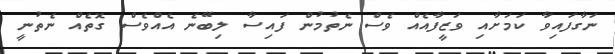
ނަގާފައިވާ ކަމަށާއި ވަޒީފާއެއް ވެސް ނެތުމުން ފައިސާ ލިބޭނެ އެއްވެސް ގޮތެއް ނެތުނީ